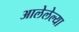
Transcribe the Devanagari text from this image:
आलेलेल्या